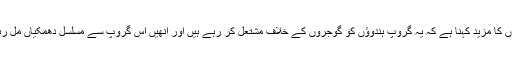
گوجروں کا مزید کہنا ہے کہ یہ گروپ ہندوﺅں کو گوجروں کے خلاف مشتعل کر رہے ہیں اور اُنھیں اِس گروپ سے مسلسل دھمکیاں مل رہی ہیں۔